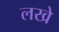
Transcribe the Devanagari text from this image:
लखे